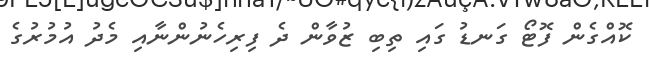
ކޮއްގެން ފޮޓޯ ގަނޑު ގައި ތިބި ޒުވާން ދެ ފިރިހެނުންނާއި މެދު އުމުރުގެ